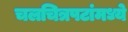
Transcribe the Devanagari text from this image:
चलचित्रपटांमध्ये